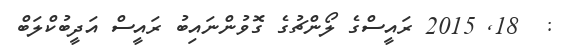
:  18